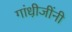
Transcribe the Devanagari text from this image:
गांधी़जींनी